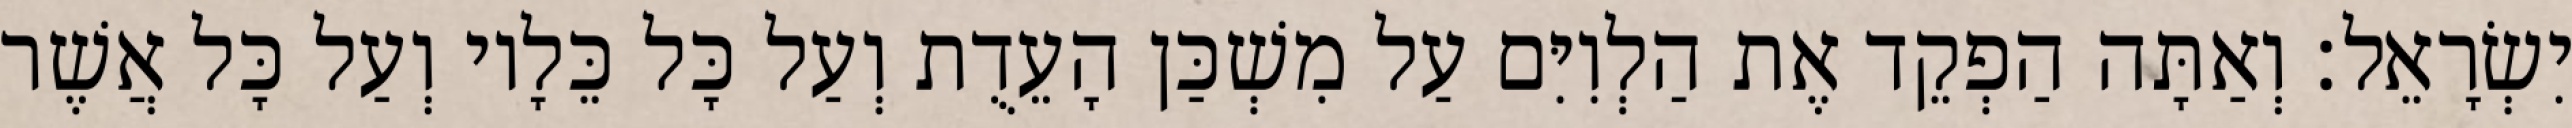
יִשְׂרָאֵל׃ וְאַתָּה הַפְקֵד אֶת הַלְוִיִּם עַל מִשְׁכַּן הָעֵדֻת וְעַל כָּל כֵּלָיו וְעַל כָּל אֲשֶׁר